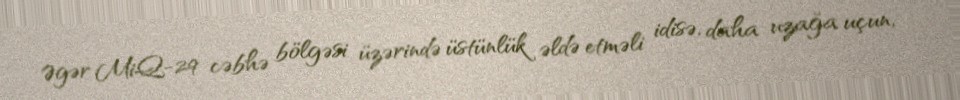
Əgər MiQ-29 cəbhə bölgəsi üzərində üstünlük əldə etməli idisə, daha uzağa uçun,